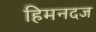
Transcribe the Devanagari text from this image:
हिमनदज